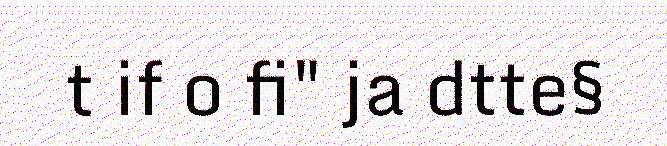
t if o fi" ja dtte§